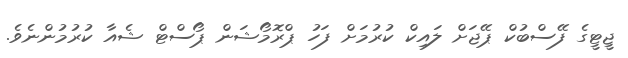
ޖީޓީގެ ފޭސްބުކް ޕޭޖަށް ލައިކް ކުރުމަށް ފަހު ޕްރޮމޯޝަން ޕޯސްޓް ޝެއާ ކުރުމުންނެވެ.